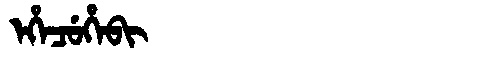
Manchu: ᡝᡥᡝᠴᡠᡥᡝᠪᡳ
Romanization: EHECUHEBI